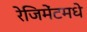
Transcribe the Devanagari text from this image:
रेजिमेंटमधे